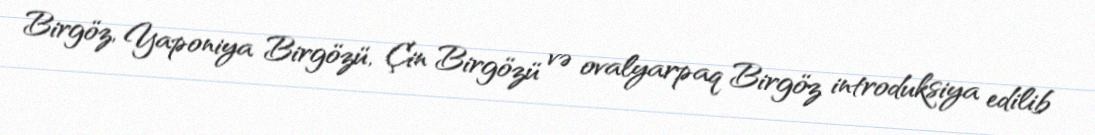
Birgöz, Yaponiya Birgözü, Çin Birgözü və ovalyarpaq Birgöz introduksiya edilib